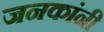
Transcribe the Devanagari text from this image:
जनकांनी